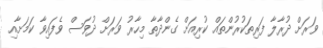
ވަރަށް ދުރާލާ ފަރިތަކުރުންތައް ކުރިއަށް ގެންދާތާ މިހާރު ވަރަށް ދުވަސް ވެފައިވާ ކަމަށާއި